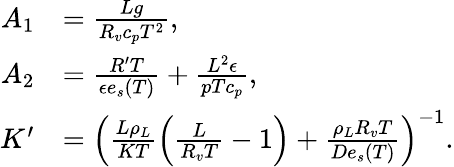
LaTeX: \begin{array}{rl}{A_{1}}&{=\frac{Lg}{R_{v}c_{p}T^{2}},}\\ {A_{2}}&{=\frac{R^{\prime}T}{\epsilon e_{s}(T)}+\frac{L^{2}\epsilon}{pTc_{p}},}\\ {K^{\prime}}&{=\left(\frac{L\rho_{L}}{KT}\left(\frac{L}{R_{v}T}-1\right)+\frac{\rho_{L}R_{v}T}{De_{s}(T)}\right)^{-1}.}\end{array}